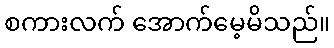
စကားလက် အောက်မေ့မိသည်။